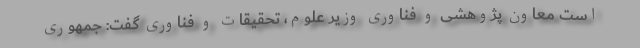
است معاون پژوهشی و فناوری وزیر علوم، تحقیقات و فناوری گفت: جمهوری